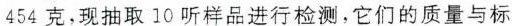
454克，现抽取10听样品进行检测，它们的质量与标